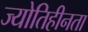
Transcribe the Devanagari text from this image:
ज्योतिहीनता